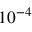
1 0 ^ { - 4 }